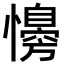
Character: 𢣔